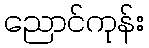
ညောင်ကုန်း